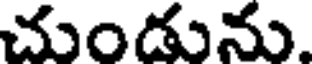
చుండును.